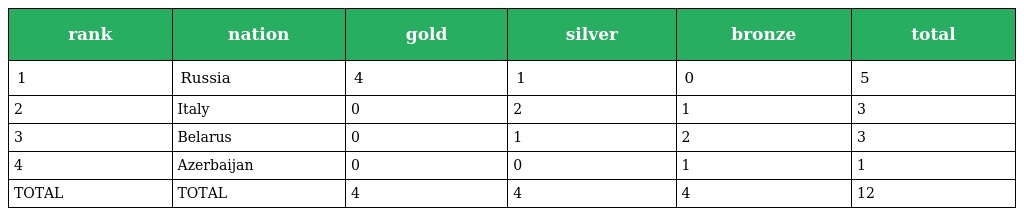
| rank | nation | gold | silver | bronze | total |
 | --- | --- | --- | --- | --- | --- |
 | 1 | Russia | 4 | 1 | 0 | 5 |
 | 2 | Italy | 0 | 2 | 1 | 3 |
 | 3 | Belarus | 0 | 1 | 2 | 3 |
 | 4 | Azerbaijan | 0 | 0 | 1 | 1 |
 | TOTAL | TOTAL | 4 | 4 | 4 | 12 |